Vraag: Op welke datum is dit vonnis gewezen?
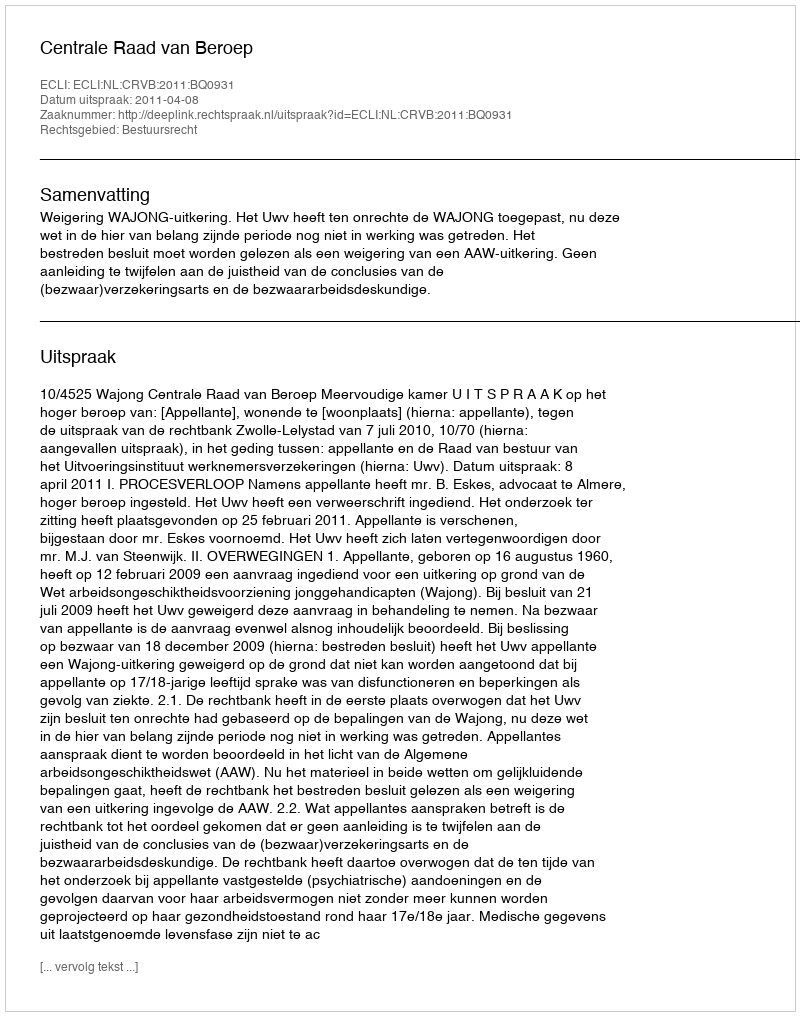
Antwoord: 2011-04-08